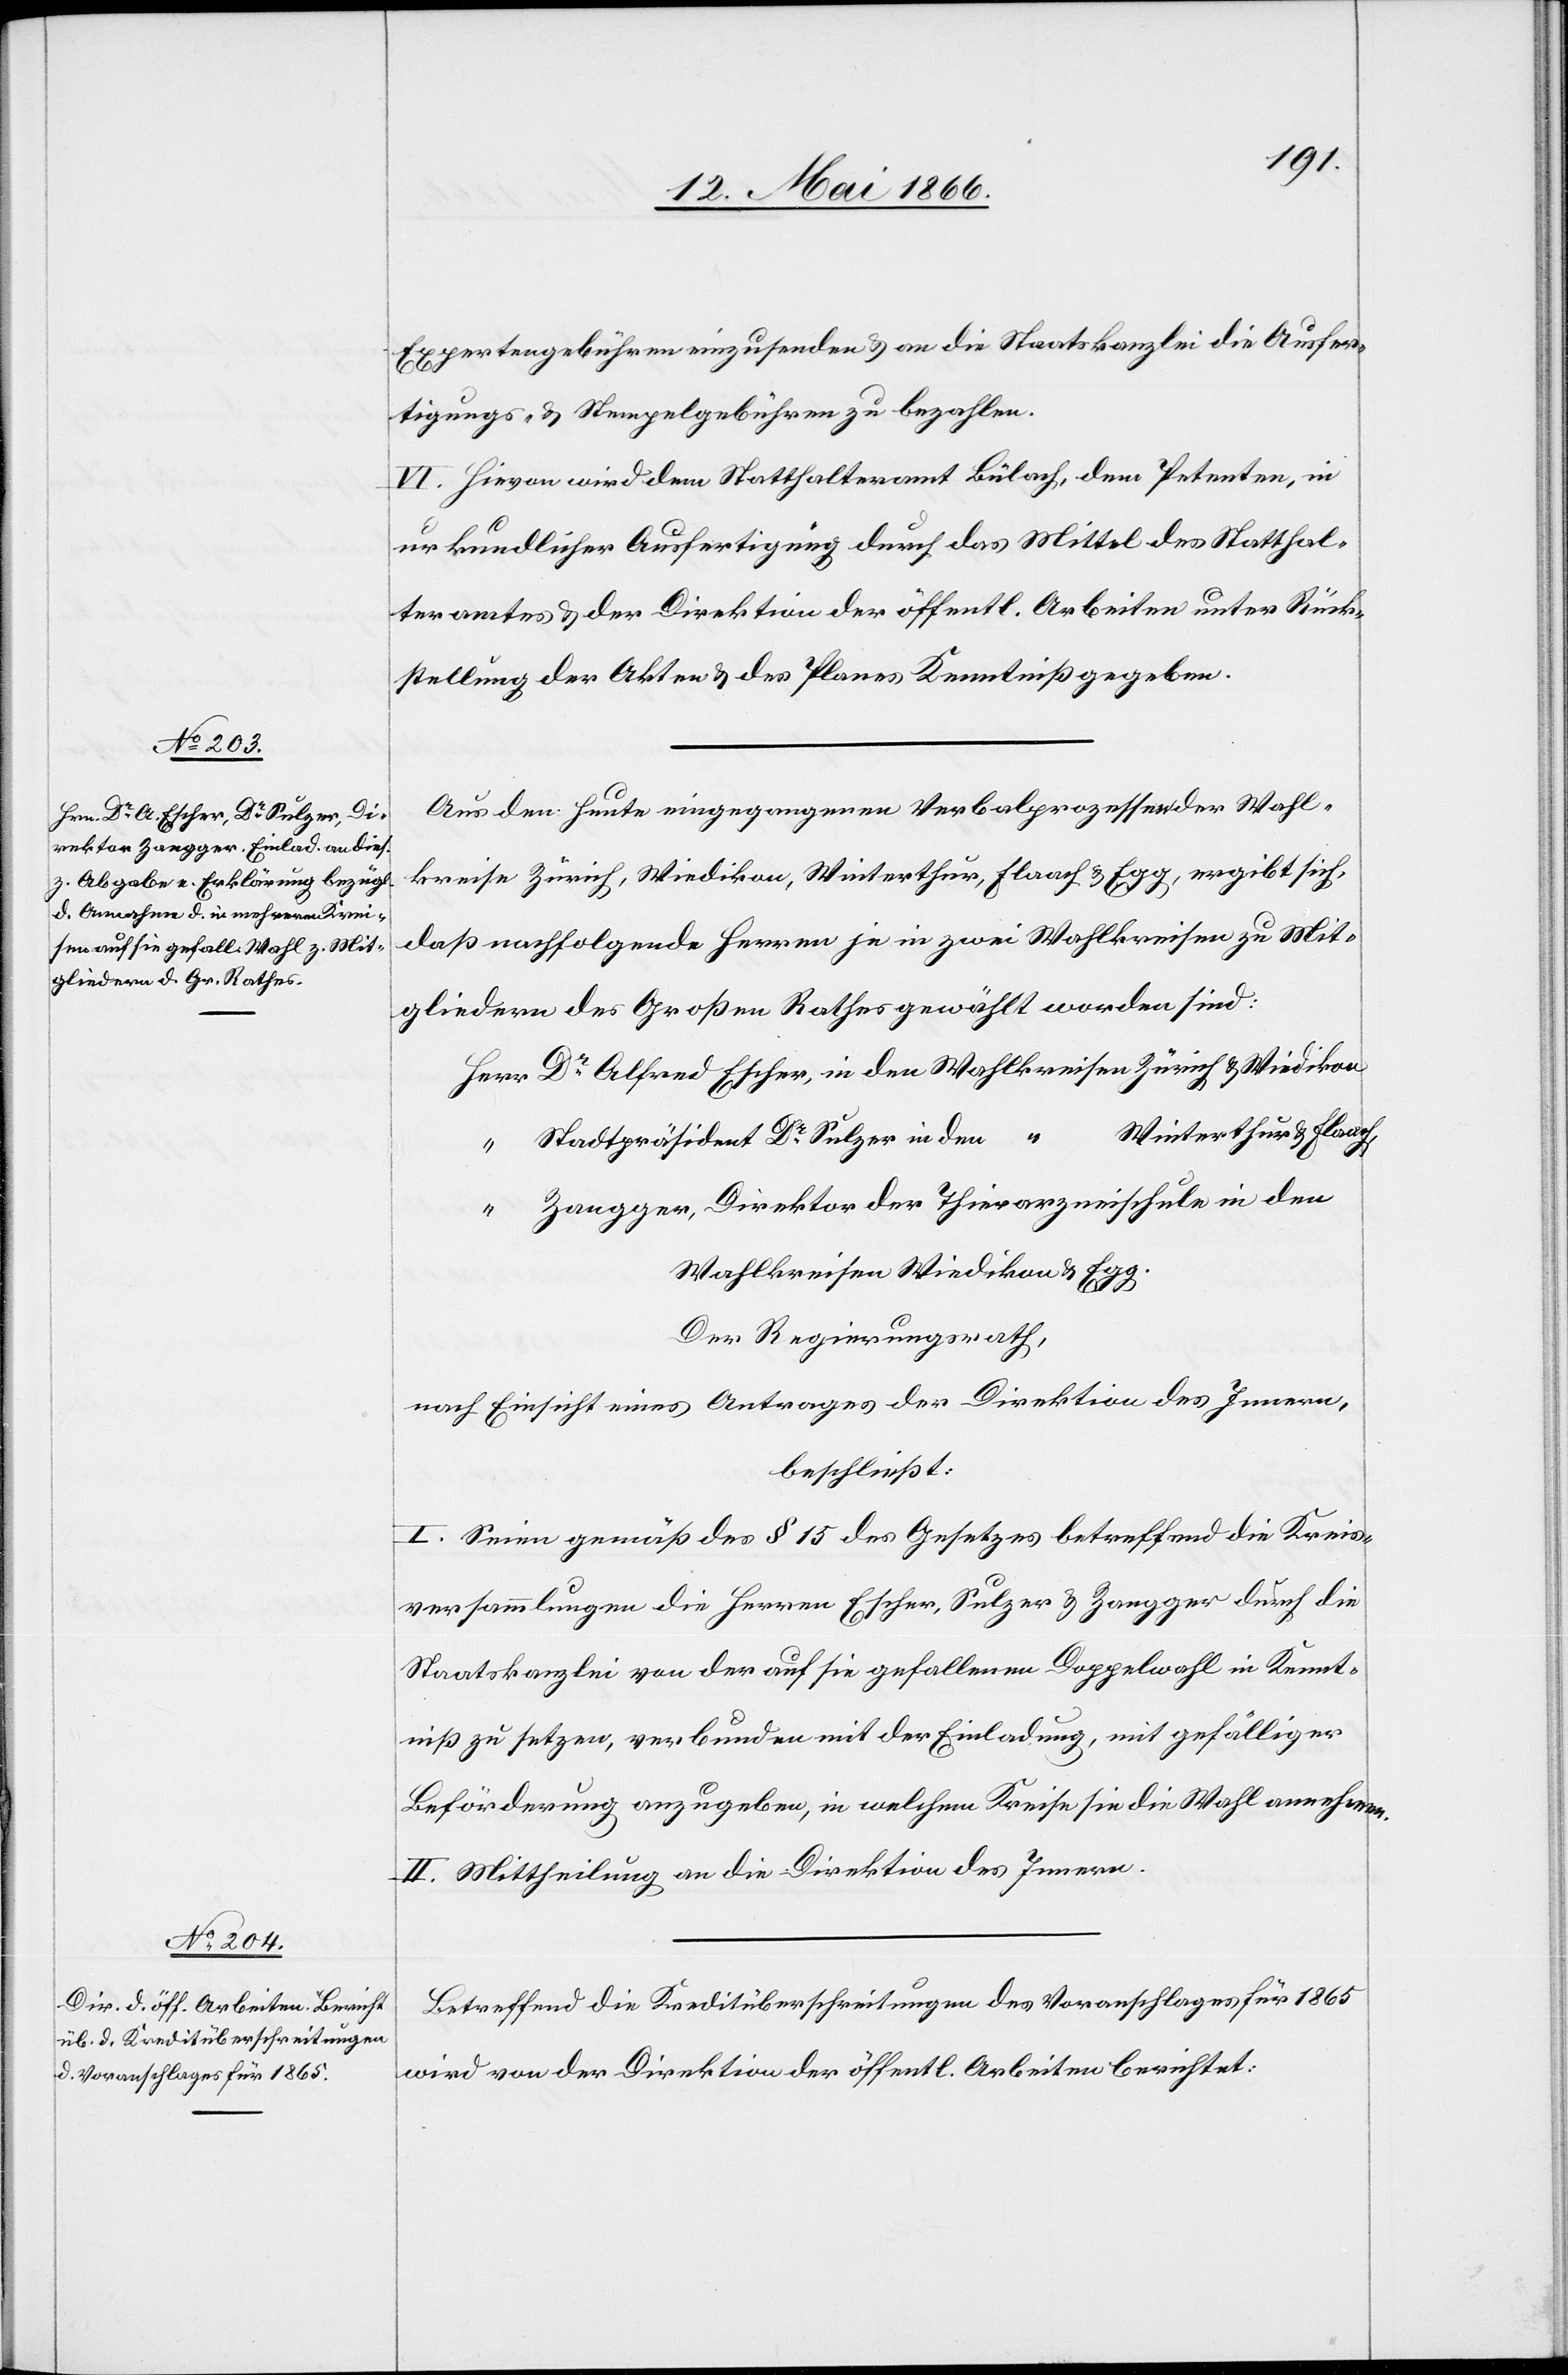
Expertengebühren einzusenden u. an die Staatskanzlei die Ausfer¬
tigungs- u. Stempelgebühren zu bezahlen.
VI. Hievon wird dem Statthalteramt Bülach, dem Petenten, in
urkundlicher Ausfertigung durch das Mittel des Statthal¬
teramtes u. der Direktion der öffentl. Arbeiten unter Rück¬
stellung der Akten u. des Planes Kenntniß gegeben.
Aus den heute eingegangenen Verbalprozessen der Wahl¬
kreise Zürich, Wiedikon, Winterthur, Flaach u. Egg ergibt sich,
daß nachfolgende Herren je in zwei Wahlkreisen zu Mit¬
gliedern des Großen Rathes gewählt worden sind:
Herr Dr. Alfred Escher, in den Wahlkreisen Zürich u. Wiedikon
Winterthur u. Flaach,
“ Stadtpräsident Dr. Sulzer in den “
“ Zangger, Direktor der Thierarzneischule in den
Wahlkreisen Wiedikon u. Egg.
Der Regierungsrath,
nach Einsicht eines Antrages der Direktion des Innern,
beschließt:
I. Seien gemäß des § 15 des Gesetzes betreffend die Kreis¬
versammlungen die Herren Escher, Sulzer u. Zangger durch die
Staatskanzlei von der auf sie gefallenen Doppelwahl in Kennt¬
niß zu setzen, verbunden mit der Einladung, mit gefälliger
Beförderung anzugeben, in welchem Kreise sie die Wahl annehmen.
II. Mittheilung an die Direktion des Innern.
Betreffend die Kreditüberschreitungen des Voranschlages für 1865
wird von der Direktion der öffentl. Arbeiten berichtet: